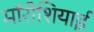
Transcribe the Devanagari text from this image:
मॉरीशियाई